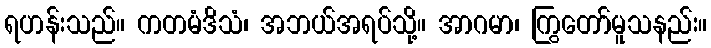
ရဟန်းသည်။ ကတမံဒိသံ၊ အဘယ်အရပ်သို့။ အာဂမာ၊ ကြွတော်မူသနည်း။